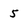
Character: 5